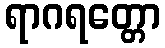
ရာဂရတ္တော